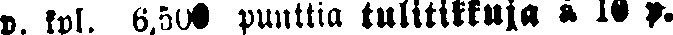
p. kpl. 6,500 punttia tulitikkuja à 10 p.